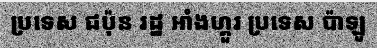
ប្រទេស ជប៉ុន រដ្ឋ អាំងហ្គួរ ប្រទេស ប៉ាឡូ